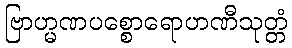
ဗြာဟ္မဏပစ္စောရောဟဏီသုတ္တံ